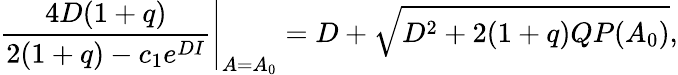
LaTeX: \frac{4D(1+q)}{2(1+q)-c_{1}e^{DI}}\Bigg\vert_{A=A_{0}}=D+\sqrt{D^{2}+2(1+q)QP(A_{0})},